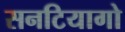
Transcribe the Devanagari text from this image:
सनटियागो